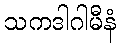
သကဒါဂါမီနံ